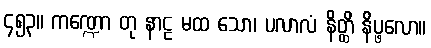
၄၅၃။ ကဏ္ဍော တု နာဠ မထ သော၊ ပလာလံ နိတ္ထိ နိပ္ဖလော။